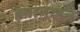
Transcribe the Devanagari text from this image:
हगानाहने